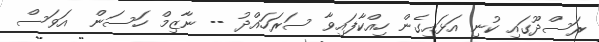
ރަސްދޫގައި ކުނި އަޅައިގެން ހިއްކާފައިވާ ސަރަހައްދު -- ނާޒިމް ހަސަން  އަވަސް